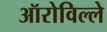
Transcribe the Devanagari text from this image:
ऑरोविल्ले